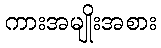
ကားအမျိုးအစား